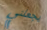
يجعلني